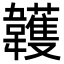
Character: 䪝